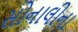
સોનાલીના